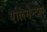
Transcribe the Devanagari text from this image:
एलिमेन्टल